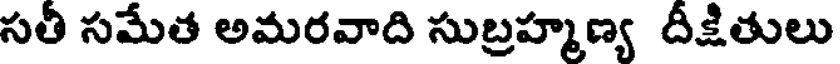
సతీ సమేత అమరవాది సుబ్రహ్మణ్య దీక్షితులు